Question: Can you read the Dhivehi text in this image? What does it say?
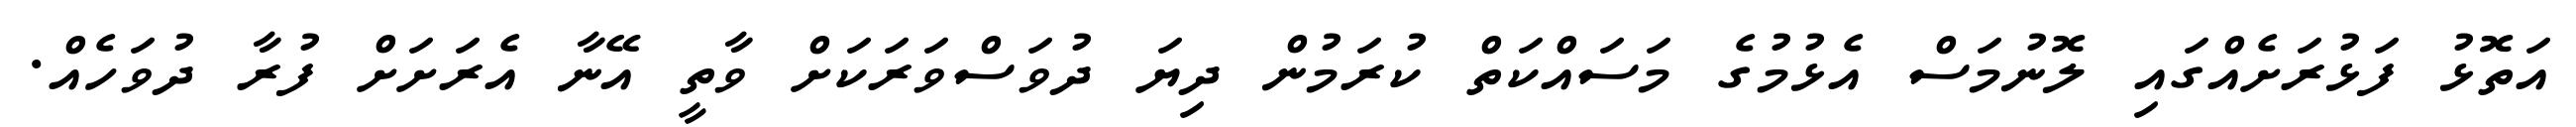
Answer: އަތޮޅު ފަޅުރަށެއްގައި ލޮނުމަސް އެޅުމުގެ މަސައްކަތް ކުރަމުން ދިޔަ ދުވަސްވަރަކަށް ވާތީ އޭނާ އެރަށަށް ފުރާ ދުވަހެއް.